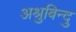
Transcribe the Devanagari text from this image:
अश्रुबिन्दु